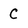
Character: C